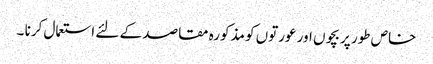
خاص طور پر بچوں اور عورتوں کو مذکورہ مقاصد کے لئے استعمال کرنا ۔